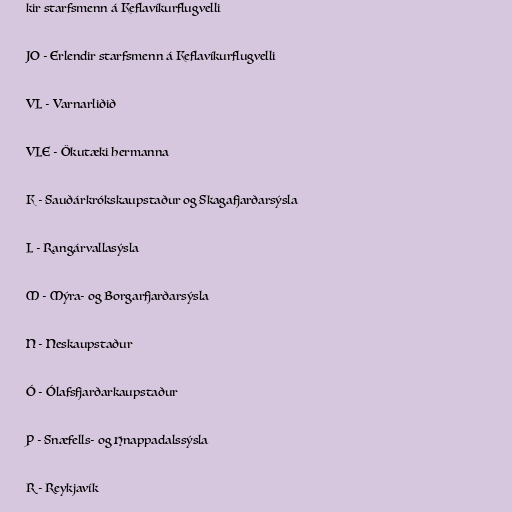
kir starfsmenn á Keflavíkurflugvelli

JO - Erlendir starfsmenn á Keflavíkurflugvelli

VL - Varnarliðið

VLE - Ökutæki hermanna

K - Sauðárkrókskaupstaður og Skagafjarðarsýsla

L - Rangárvallasýsla

M - Mýra- og Borgarfjarðarsýsla

N - Neskaupstaður

Ó - Ólafsfjarðarkaupstaður

P - Snæfells- og Hnappadalssýsla

R - Reykjavík